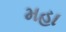
મહા